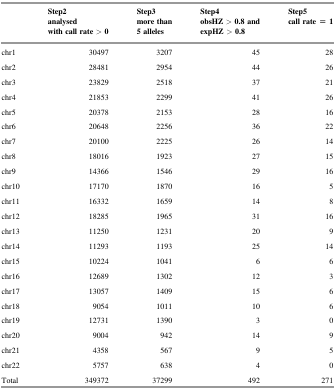
<table><thead><tr><td></td><td><b>Step2analysed with call rate &gt; 0</b></td><td><b>Step3more than 5 alleles</b></td><td><b>Step4obsHZ &gt; 0.8 and expHZ &gt; 0.8</b></td><td><b>Step5call rate = 1</b></td></tr></thead><tbody><tr><td>chr1</td><td>30497</td><td>3207</td><td>45</td><td>28</td></tr><tr><td>chr2</td><td>28481</td><td>2954</td><td>44</td><td>26</td></tr><tr><td>chr3</td><td>23829</td><td>2518</td><td>37</td><td>21</td></tr><tr><td>chr4</td><td>21853</td><td>2299</td><td>41</td><td>26</td></tr><tr><td>chr5</td><td>20378</td><td>2153</td><td>28</td><td>16</td></tr><tr><td>chr6</td><td>20648</td><td>2256</td><td>36</td><td>22</td></tr><tr><td>chr7</td><td>20100</td><td>2225</td><td>26</td><td>14</td></tr><tr><td>chr8</td><td>18016</td><td>1923</td><td>27</td><td>15</td></tr><tr><td>chr9</td><td>14366</td><td>1546</td><td>29</td><td>16</td></tr><tr><td>chr10</td><td>17170</td><td>1870</td><td>16</td><td>5</td></tr><tr><td>chr11</td><td>16332</td><td>1659</td><td>14</td><td>8</td></tr><tr><td>chr12</td><td>18285</td><td>1965</td><td>31</td><td>16</td></tr><tr><td>chr13</td><td>11250</td><td>1231</td><td>20</td><td>9</td></tr><tr><td>chr14</td><td>11293</td><td>1193</td><td>25</td><td>14</td></tr><tr><td>chr15</td><td>10224</td><td>1041</td><td>6</td><td>6</td></tr><tr><td>chr16</td><td>12689</td><td>1302</td><td>12</td><td>3</td></tr><tr><td>chr17</td><td>13057</td><td>1409</td><td>15</td><td>6</td></tr><tr><td>chr18</td><td>9054</td><td>1011</td><td>10</td><td>6</td></tr><tr><td>chr19</td><td>12731</td><td>1390</td><td>3</td><td>0</td></tr><tr><td>chr20</td><td>9004</td><td>942</td><td>14</td><td>9</td></tr><tr><td>chr21</td><td>4358</td><td>567</td><td>9</td><td>5</td></tr><tr><td>chr22</td><td>5757</td><td>638</td><td>4</td><td>0</td></tr><tr><td>Total</td><td>349372</td><td>37299</td><td>492</td><td>271</td></tr></tbody></table>